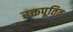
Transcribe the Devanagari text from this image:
रक्तपूतित